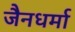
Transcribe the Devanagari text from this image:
जैनधर्मा